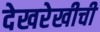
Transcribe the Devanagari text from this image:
देखरेखीची